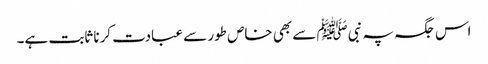
اس جگہ پہ نبیﷺ سے بھی خاص طور سے عبادت کرنا ثابت ہے۔